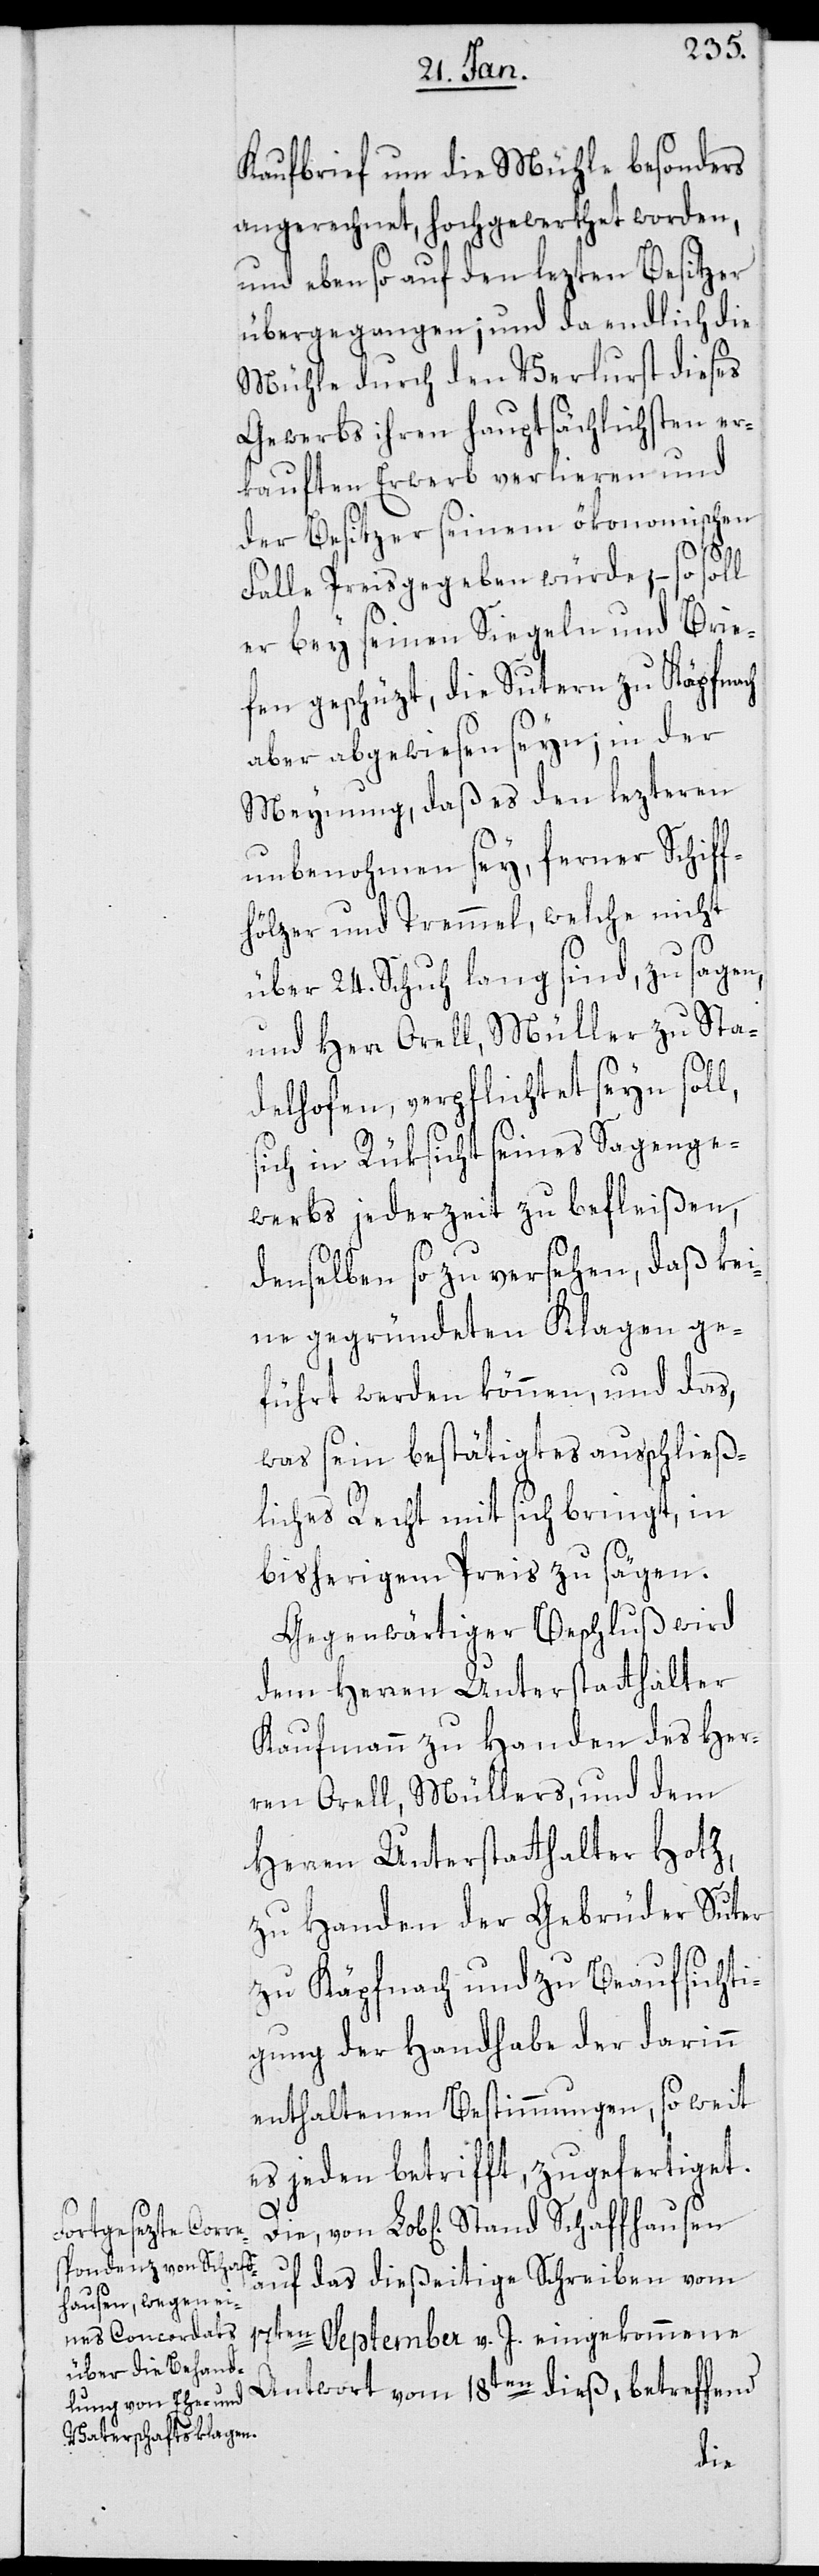
Kaufbrief um die Mühle besonders
angerechnet, hochgewerthet worden,
und eben so auf den lezten Besitzer
übergegangen; und da endlich die
Mühle durch den Verlust dieses
Gewerbs ihren hauptsächlichsten er¬
kauften Erwerb verlieren und
der Besitzer seinem ökonomischen
l,
Falle Preis gegeben würde, – so soll
er bey seinen Siegeln und Brie¬
fen geschüzt, die Sutern zu Käpfnach
aber abgewiesen seyn; in der
Meynung, daß es den lezteren
unbenohmen sey, ferner Schiff¬
hölzer und Tremmel, welche nicht
über 24. Schuh lang sind, zu sagen,
und Herr Orell, Müller zu Sta¬
delhofen, verpflichtet seyn sol¬
sich in Rüksicht seines Sagenge¬
werbs jederzeit zu befleißen,
denselben so zu versehen, daß kei¬
ne gegründeten Klagen ge¬
führt werden können, und das,
was sein bestätigtes ausschließ¬
liches Recht mit sich bringt, in
bisherigem Preis zu sägen.
Gegenwärtiger Beschluß wird
dem Herren Unterstatthalter
Kaufmann zu Handen des Her¬
ren Orell, Müllers, und dem
Herren Unterstatthalter Hotz,
zu Handen der Gebrüder Suter
zu Käpfnach und zu Beaufsichti¬
gung der Handhabe der darinn
enthaltenen Bestimmungen, so weit
es jeden betrifft, zugefertiget.
auf das dießeitige Schreiben vom
17ten September v. J. eingekommene
Antwort vom 18ten dieß, betreffend
Die,